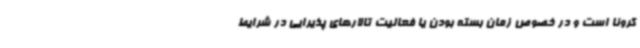
کرونا است و در خصوص زمان بسته بودن یا فعالیت تالارهای پذیرایی در شرایط